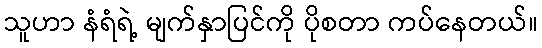
သူဟာ နံရံရဲ့ မျက်နှာပြင်ကို ပိုစတာ ကပ်နေတယ်။